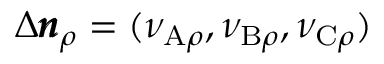
\Delta \pmb { n } _ { \rho } = ( \nu _ { \mathrm { A } \rho } , \nu _ { \mathrm { B } \rho } , \nu _ { \mathrm { C } \rho } )